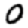
Digit: 0